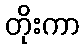
တိုးကာ